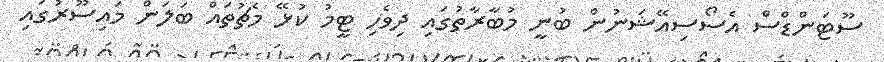
ސޫޓަންޑްސް އެސޯސިއޭޝަނުން ބުނީ މުބާރާތުގައި ދިވެހި ޓީމު ކުޅޭ މެޗުތައް ބަލަން މައިސޫރުގައި